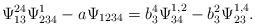
LaTeX: \begin{align*}\Psi^{24}_{13}\Psi^1_{234}-a\Psi_{1234}=b^4_3\Psi^{1,2}_{34}-b^2_3\Psi^{1,4}_{23}.\end{align*}